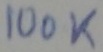
Text: 100K